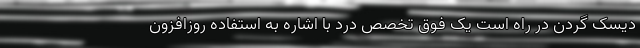
دیسک گردن در راه است یک فوق تخصص درد با اشاره به استفاده روزافزون